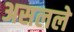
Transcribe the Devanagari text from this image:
असलले